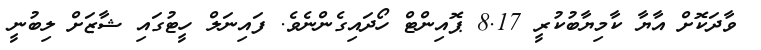
ވާދަކޮށް އާޔާ ކާމިޔާބުކުރީ 8.17 ޕޮއިންޓް ހޯދައިގެންނެވެ. ފައިނަލް ހީޓުގައި ޝާޒަށް ލިބުނީ